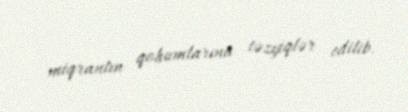
miqrantın qohumlarına təzyiqlər edilib.